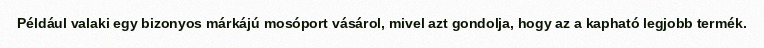
Például valaki egy bizonyos márkájú mosóport vásárol, mivel azt gondolja, hogy az a kapható legjobb termék.